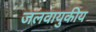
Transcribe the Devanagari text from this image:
जलवायुकीय